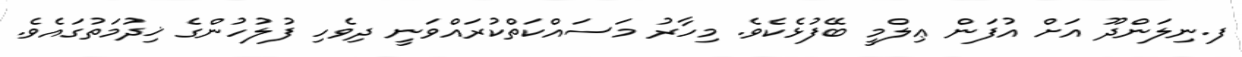
ފ.ނިލަންދޫ އަށް އުފަން ޢިލްމީ ބޭފުޅެކެވެ. މިހާރު މަސައްކަތްކުރައްވަނީ ދިވެހި ފުލުހުންގެ ޚިދުމަތުގައެވެ.